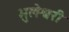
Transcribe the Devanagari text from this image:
भुलेश्वरी